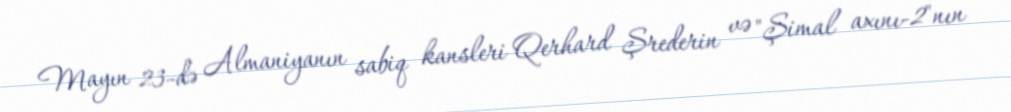
Mayın 23-də Almaniyanın sabiq kansleri Qerhard Şrederin və "Şimal axını-2"nın